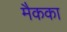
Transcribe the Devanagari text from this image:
मैकका